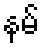
နမ်